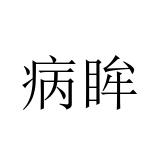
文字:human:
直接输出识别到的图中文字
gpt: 病眸